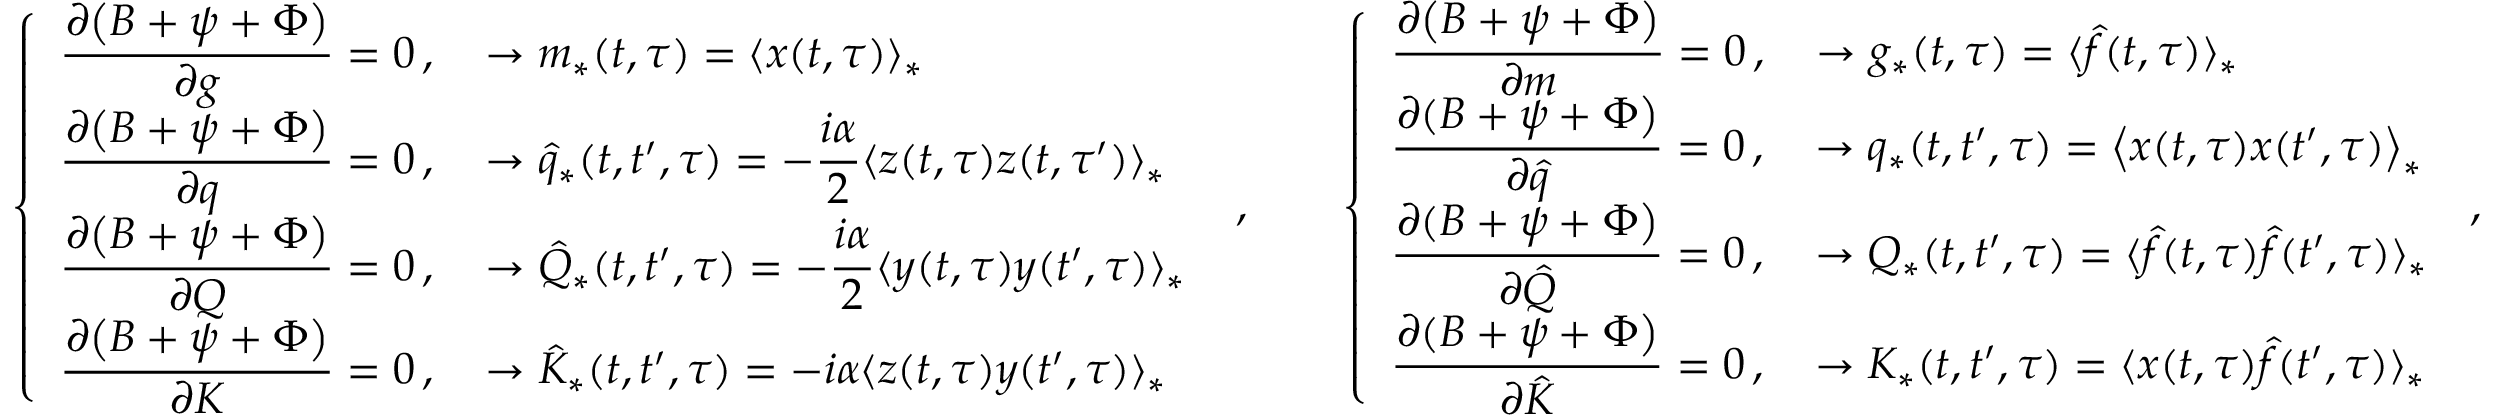
\left\{ \begin{array} { l } { \displaystyle \frac { \partial \big ( B + \psi + \Phi \big ) } { \partial g } = 0 \, , \quad \rightarrow { m } _ { * } ( t , \tau ) = \langle x ( t , \tau ) \rangle _ { * } } \\ { \displaystyle \frac { \partial \big ( B + \psi + \Phi \big ) } { \partial q } = 0 \, , \quad \rightarrow \hat { q } _ { * } ( t , t ^ { \prime } , \tau ) = - \frac { i \alpha } { 2 } \langle z ( t , \tau ) z ( t , \tau ^ { \prime } ) \rangle _ { * } } \\ { \displaystyle \frac { \partial \big ( B + \psi + \Phi \big ) } { \partial Q } = 0 \, , \quad \rightarrow \hat { Q } _ { * } ( t , t ^ { \prime } , \tau ) = - \frac { i \alpha } { 2 } \langle y ( t , \tau ) y ( t ^ { \prime } , \tau ) \rangle _ { * } } \\ { \displaystyle \frac { \partial \big ( B + \psi + \Phi \big ) } { \partial K } = 0 \, , \quad \rightarrow \hat { K } _ { * } ( t , t ^ { \prime } , \tau ) = - i \alpha \langle z ( t , \tau ) y ( t ^ { \prime } , \tau ) \rangle _ { * } } \end{array} \right. \, \, , \qquad \left\{ \begin{array} { l } { \displaystyle \frac { \partial \big ( B + \psi + \Phi \big ) } { \partial m } = 0 \, , \quad \rightarrow { g } _ { * } ( t , \tau ) = \langle \hat { f } ( t , \tau ) \rangle _ { * } } \\ { \displaystyle \frac { \partial ( B + \psi + \Phi \big ) } { \partial \hat { q } } = 0 \, , \quad \rightarrow q _ { * } ( t , t ^ { \prime } , \tau ) = \big \langle x ( t , \tau ) x ( t ^ { \prime } , \tau ) \big \rangle _ { * } } \\ { \displaystyle \frac { \partial ( B + \psi + \Phi \big ) } { \partial \hat { Q } } = 0 \, , \quad \rightarrow Q _ { * } ( t , t ^ { \prime } , \tau ) = \langle \hat { f } ( t , \tau ) \hat { f } ( t ^ { \prime } , \tau ) \rangle _ { * } } \\ { \displaystyle \frac { \partial ( B + \psi + \Phi \big ) } { \partial \hat { K } } = 0 \, , \quad \rightarrow K _ { * } ( t , t ^ { \prime } , \tau ) = \langle x ( t , \tau ) \hat { f } ( t ^ { \prime } , \tau ) \rangle _ { * } } \end{array} \right. \, ,